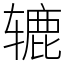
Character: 辘